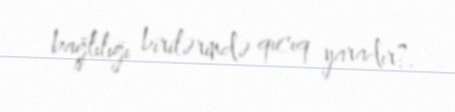
bağlılığı birilərində qıcıq yaradır?.